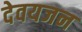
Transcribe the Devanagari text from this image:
देवयजन